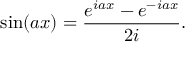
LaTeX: \sin ( a x ) = { \frac { e ^ { i a x } - e ^ { - i a x } } { 2 i } } .